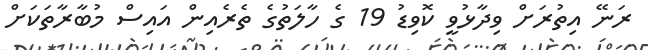
ރަނޭ އިތުރަށް ވިދާޅުވީ ކޮވިޑު 19 ގެ ހާލަތުގެ ތެރެއިން އައިސް މުބާރާތަކަށް